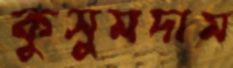
কুসুমদাম